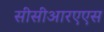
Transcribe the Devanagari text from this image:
सीसीआरएएस